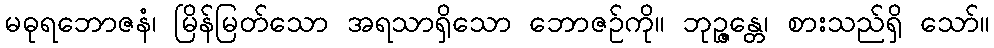
မဓုရဘောဇနံ၊ မြိန်မြတ်သော အရသာရှိသော ဘောဇဉ်ကို။ ဘုဉ္ဇန္တေ၊ စားသည်ရှိ သော်။